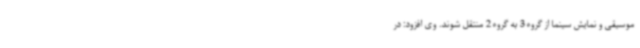
موسیقی و نمایش سینما از گروه 3 به گروه 2 منتقل شوند. وی افزود: در